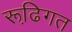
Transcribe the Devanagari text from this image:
रूढि़गत